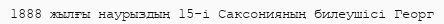
1888 жылғы наурыздың 15-і Саксонияның билеушісі Георг